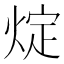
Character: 𤊟